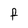
Character: F